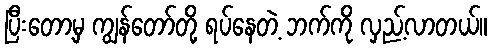
ပြီးတော့မှ ကျွန်တော်တို့ ရပ်နေတဲ့ ဘက်ကို လှည့်လာတယ်။